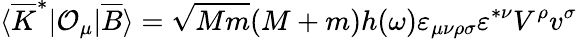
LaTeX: \langle\overline{{{K}}}^{\ast}|{\cal O}_{\mu}|\overline{{{B}}}\rangle=\sqrt{Mm}(M+m)h(\omega)\varepsilon_{\mu\nu\rho\sigma}\varepsilon^{\ast\nu}V^{\rho}v^{\sigma}